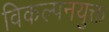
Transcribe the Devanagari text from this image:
विकल्पनयुक्त